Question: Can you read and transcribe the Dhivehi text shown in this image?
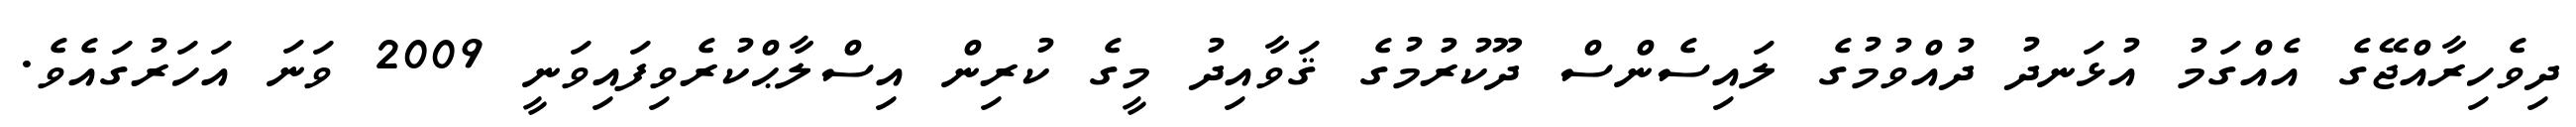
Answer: ދިވެހިރާއްޖޭގެ އެއްގަމު އުޅަނދު ދުއްވުމުގެ ލައިސެންސް ދޫކުރުމުގެ ޤަވާއިދު މީގެ ކުރިން އިސްލާޙްކުރެވިފައިވަނީ 2009 ވަނަ އަހަރުގައެވެ.